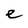
Character: e